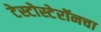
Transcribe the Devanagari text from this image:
टेस्टोस्टेरॉनचा